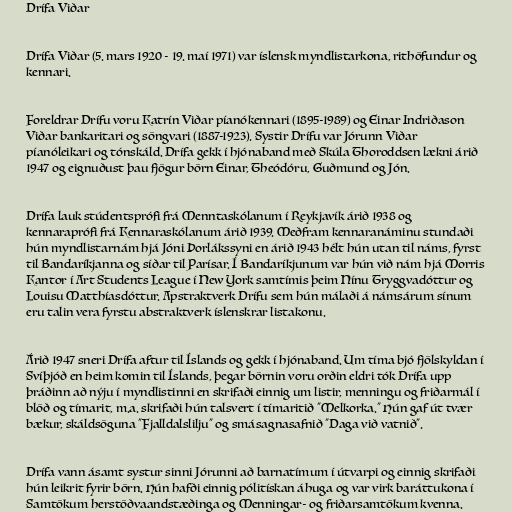
Drífa Viðar

Drífa Viðar (5. mars 1920 - 19. maí 1971) var íslensk myndlistarkona, rithöfundur og
kennari.

Foreldrar Drífu voru Katrín Viðar píanókennari (1895-1989) og Einar Indriðason
Viðar bankaritari og söngvari (1887-1923). Systir Drífu var Jórunn Viðar
píanóleikari og tónskáld. Drífa gekk í hjónaband með Skúla Thoroddsen lækni árið
1947 og eignuðust þau fjögur börn Einar, Theódóru, Guðmund og Jón.

Drífa lauk stúdentsprófi frá Menntaskólanum í Reykjavík árið 1938 og
kennaraprófi frá Kennaraskólanum árið 1939. Meðfram kennaranáminu stundaði
hún myndlistarnám hjá Jóni Þorlákssyni en árið 1943 hélt hún utan til náms, fyrst
til Bandaríkjanna og síðar til Parísar. Í Bandaríkjunum var hún við nám hjá Morris
Kantor í Art Students League í New York samtímis þeim Nínu Tryggvadóttur og
Louisu Matthíasdóttur. Apstraktverk Drífu sem hún málaði á námsárum sínum
eru talin vera fyrstu abstraktverk íslenskrar listakonu.

Árið 1947 sneri Drífa aftur til Íslands og gekk í hjónaband. Um tíma bjó fjölskyldan í
Svíþjóð en heim komin til Íslands, þegar börnin voru orðin eldri tók Drífa upp
þráðinn að nýju í myndlistinni en skrifaði einnig um listir, menningu og friðarmál í
blöð og tímarit, m.a. skrifaði hún talsvert í tímaritið "Melkorka." Hún gaf út tvær
bækur, skáldsöguna "Fjalldalslilju" og smásagnasafnið "Daga við vatnið".

Drífa vann ásamt systur sinni Jórunni að barnatímum í útvarpi og einnig skrifaði
hún leikrit fyrir börn. Hún hafði einnig pólitískan áhuga og var virk baráttukona í
Samtökum herstöðvaandstæðinga og Menningar- og friðarsamtökum kvenna.